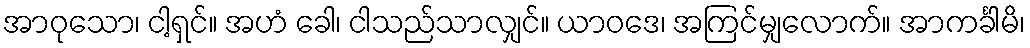
အာဝုသော၊ ငါ့ရှင်။ အဟံ ခေါ၊ ငါသည်သာလျှင်။ ယာဝဒေ၊ အကြင်မျှလောက်။ အာကင်္ခါမိ၊